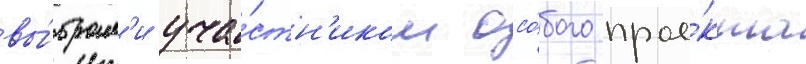
вы́брал'и уча́стн'иком осо́бого прое́кта